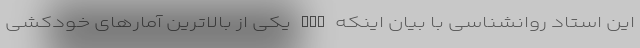
این استاد روانشناسی با بیان اینکه BDD یکی از بالاترین آمارهای خودکشی